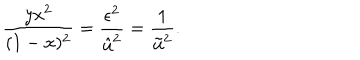
\frac { y x ^ { 2 } } { ( 1 - x ) ^ { 2 } } = \frac { \epsilon ^ { 2 } } { \hat { u } ^ { 2 } } = \frac { 1 } { \tilde { u } ^ { 2 } } .